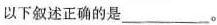
以下叙述正确的是___。